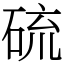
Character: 硫